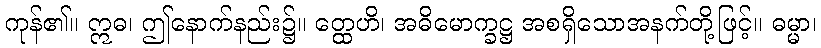
ကုန်၏။ ဣဓ၊ ဤနောက်နည်း၌။ တ္ထေဟိ၊ အဓိမောက္ခဋ္ဌ အစရှိသောအနက်တို့ဖြင့်။ ဓမ္မာ၊